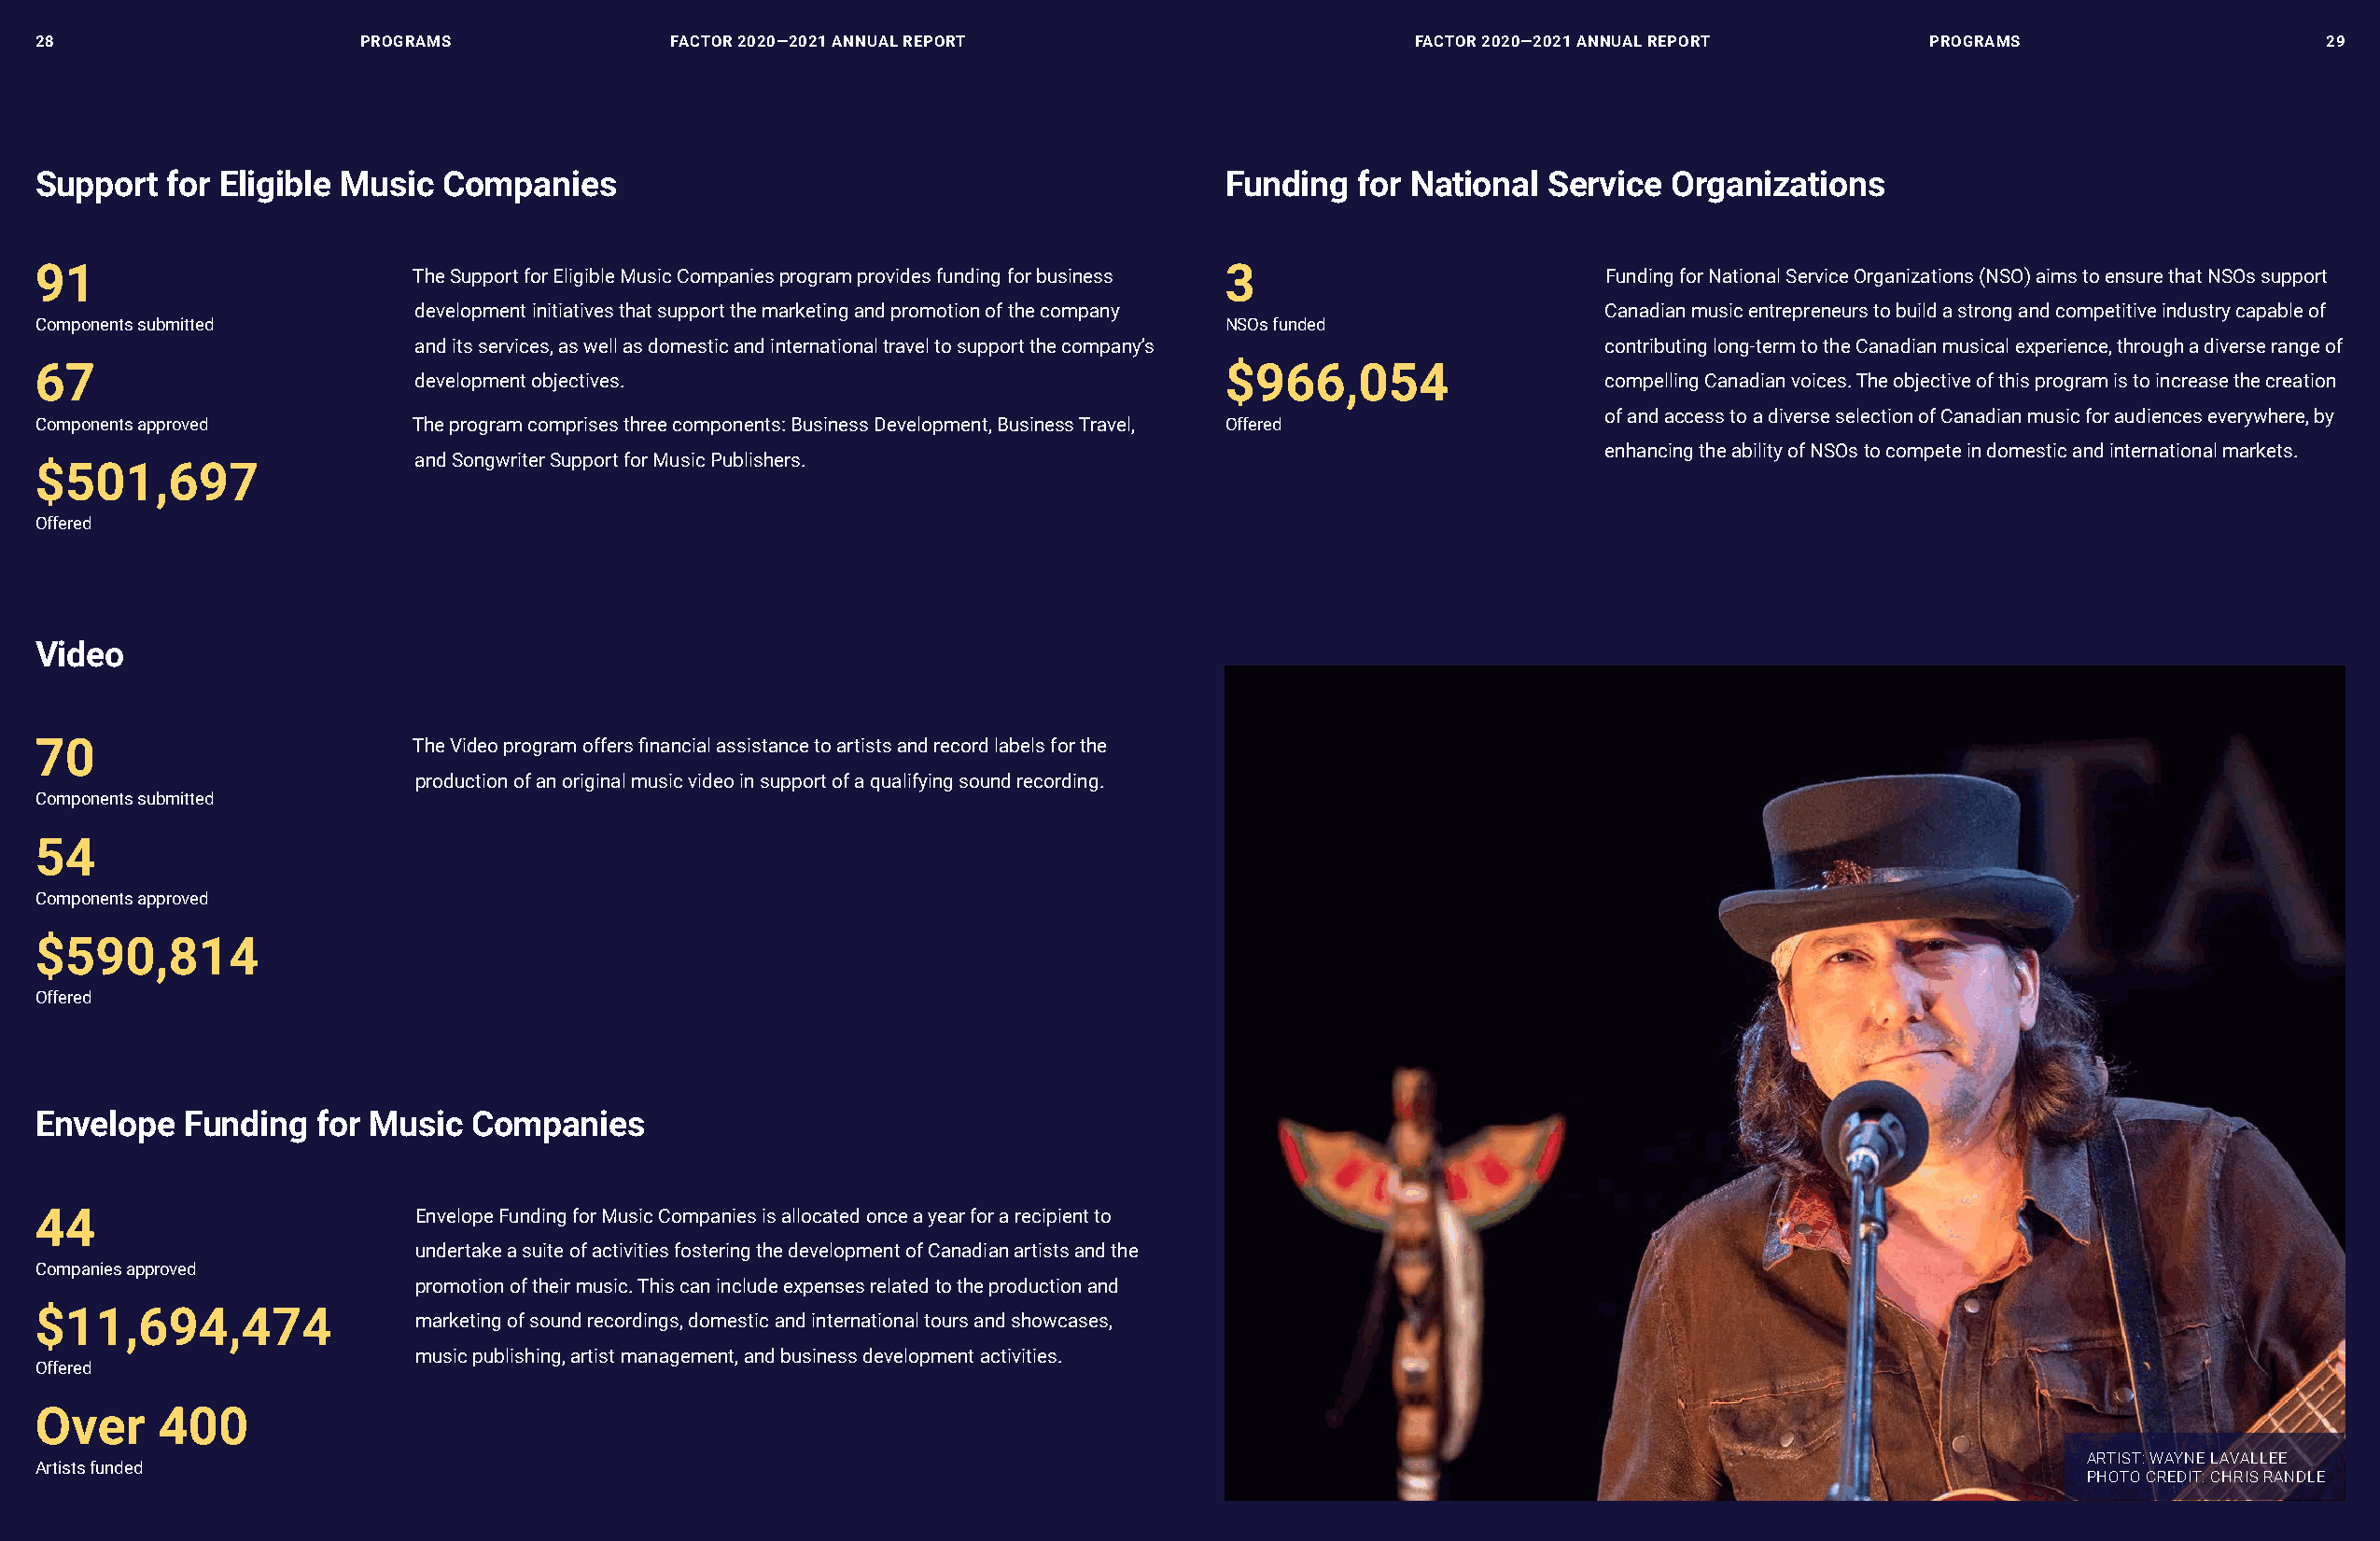
2288                TablPeR oofG cRoanMTsenTs FfAaCcTToORR 22002200——22002211 aAnNnNUUaAlL RReEPPoORRTT fFaAcCTToORR 22002200——22002211 aAnNnNUUaAlL RReEPPoORRTT TablPeR oofG cRoanMTsenTs 2299
 support   for eligible Music companies                                               funding  for national  service  organizations
 91                         The Support for Eligible Music Companies program provides funding for business 3     Funding for National Service Organizations (NSO) aims to ensure that NSOs support
 development initiatives that support the marketing and promotion of the company      Canadian music entrepreneurs to build a strong and competitive industry capable of
 Components submitted                                                                 NSOs funded
 and its services, as well as domestic and international travel to support the company’s contributing long-term to the Canadian musical experience, through a diverse range of
 67                                                                                   $966,054
 development objectives.                                                              compelling Canadian voices. The objective of this program is to increase the creation
 of and access to a diverse selection of Canadian music for audiences everywhere, by
 Components approved        The program comprises three components: Business Development, Business Travel, Offered
 enhancing the ability of NSOs to compete in domestic and international markets.
 and Songwriter Support for Music Publishers.
 $501,697
 Offered
 Video
 70                         The Video program offers financial assistance to artists and record labels for the
 production of an original music video in support of a qualifying sound recording.
 Components submitted
 54
 Components approved
 $590,814
 Offered
 envelope   funding  for Music  companies
 44                         Envelope Funding for Music Companies is allocated once a year for a recipient to
 undertake a suite of activities fostering the development of Canadian artists and the
 Companies approved
 promotion of their music. This can include expenses related to the production and
 $11,694,474
 marketing of sound recordings, domestic and international tours and showcases,
 music publishing, artist management, and business development activities.
 Offered
 over     400
 ARTIST: WAYNE LAVALLEE
 Artists funded
 PHOTO CREDIT: CHRIS RANDLE